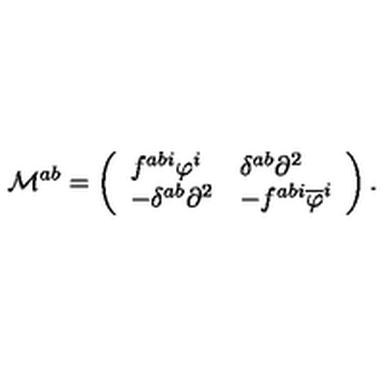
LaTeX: \mathcal { M } ^ { a b } = \left( \begin{array} { l l } { f ^ { a b i } \varphi ^ { i } } & { \delta ^ { a b } \partial ^ { 2 } } \\ { - \delta ^ { a b } \partial ^ { 2 } } & { - f ^ { a b i } \overline { { \varphi } } ^ { i } } \\ \end{array} \right) .